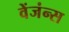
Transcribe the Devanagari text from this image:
वेंजंन्स